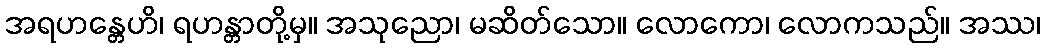
အရဟန္တေဟိ၊ ရဟန္တာတို့မှ။ အသုညော၊ မဆိတ်သော။ လောကော၊ လောကသည်။ အဿ၊